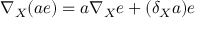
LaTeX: \nabla _ { X } ( a e ) = a \nabla _ { X } e + ( \delta _ { X } a ) e